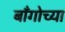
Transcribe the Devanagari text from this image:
बाँगोच्या